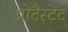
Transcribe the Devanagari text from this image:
प्रोटैस्टेंट